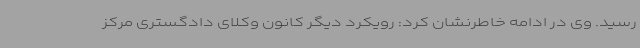
رسید. وی در ادامه خاطرنشان کرد: رویکرد دیگر کانون وکلای دادگستری مرکز